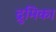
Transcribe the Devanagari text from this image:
द्रुमिका